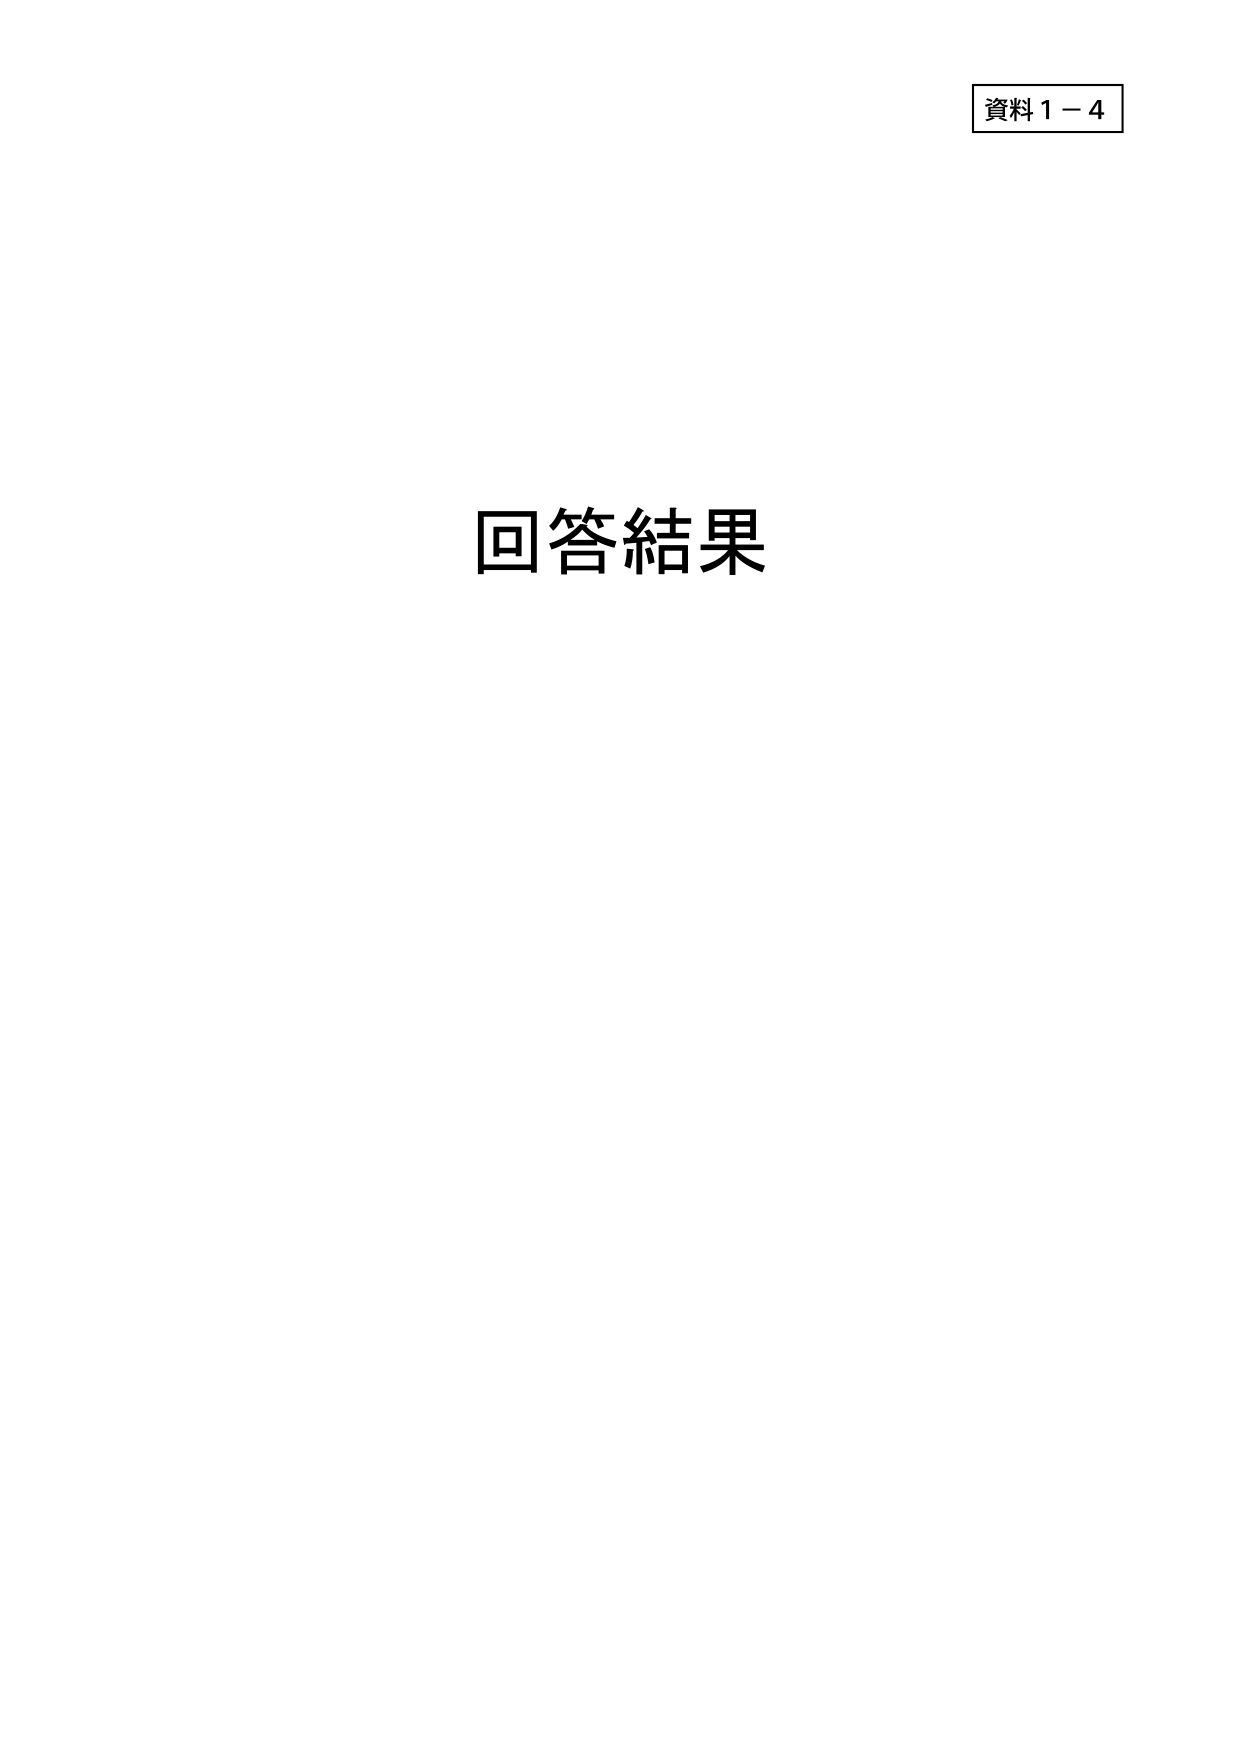
資料１－４
回答結果